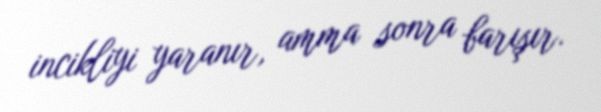
incikliyi yaranır, amma sonra barışır.